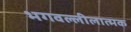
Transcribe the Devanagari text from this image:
भगवल्लीलात्मक